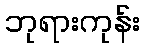
ဘုရားကုန်း